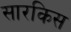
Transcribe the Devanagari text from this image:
सारकिस